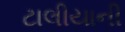
ટાલીયાની